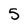
Character: 5